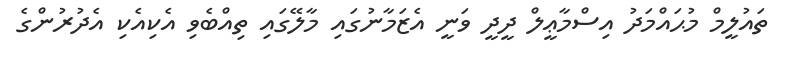
ތައުލީމް މުޙައްމަދު އިސްމާޢީލް ދީދީ ވަނީ އެޒަމާނުގައި މާލޭގައި ތިއްބެވި އެކިއެކި އެދުރުންގެ